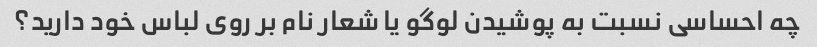
چه احساسی نسبت به پوشیدن لوگو یا شعار نام بر روی لباس خود دارید؟